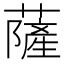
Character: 薩